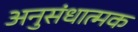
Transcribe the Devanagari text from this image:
अनुसंधात्मक